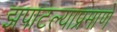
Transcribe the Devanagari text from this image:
झपाटल्याप्रमाणे